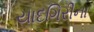
યાદગિરીના